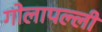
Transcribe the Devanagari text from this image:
गोलापल्ली